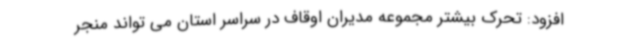
افزود: تحرک بیشتر مجموعه مدیران اوقاف در سراسر استان می تواند منجر